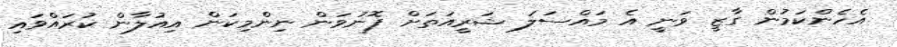
އެހެންކަމުން ގާޒީ ވަނީ އެ މައްސަލަ ޝަރީއަތަށް ފޮނުވަން ނިންމިކަން އިއުލާން ކުރައްވައި